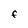
Character: f